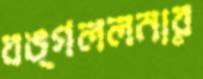
বঙ্গললনার